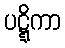
ပဋ္ဋိကာ